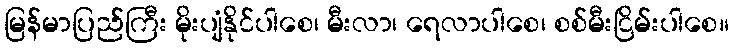
မြန်မာပြည်ကြီး မိုးပျံနိုင်ပါစေ၊ မီးလာ၊ ရေလာပါစေ၊ စစ်မီးငြိမ်းပါစေ။